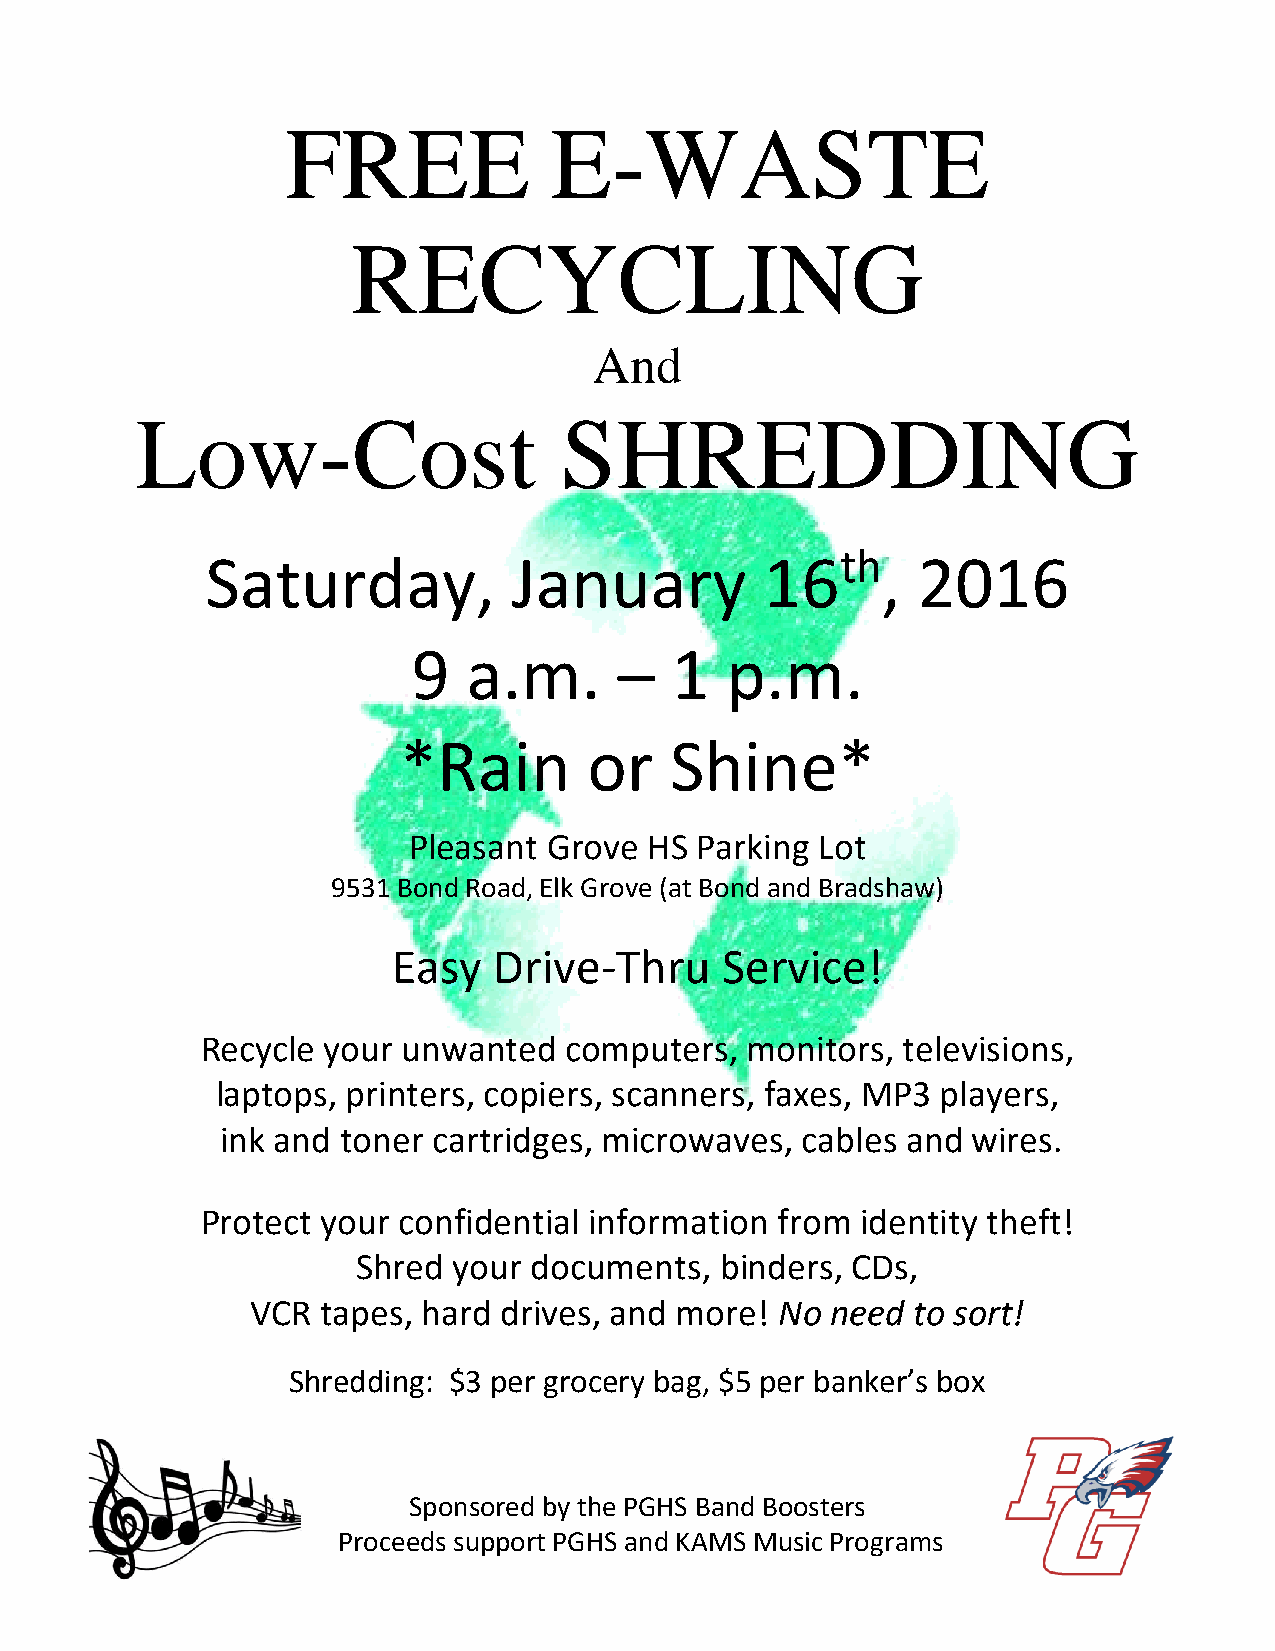
FREE             E-WASTE
 RECYCLING
 And
 Low-Cost                    SHREDDING
 Saturday,           January          16th,     2016
 9   a.m.      –  1   p.m.
 *Rain        or   Shine*
 Pleasant Grove  HS Parking Lot
 9531 Bond Road, Elk Grove (at Bond and Bradshaw)
 Easy   Drive-Thru     Service!
 Recycle your  unwanted  computers,  monitors,  televisions,
 laptops, printers, copiers, scanners, faxes, MP3 players,
 ink and toner cartridges, microwaves, cables and wires.
 Protect your confidential information  from identity theft!
 Shred your documents,   binders, CDs,
 VCR tapes, hard drives, and more!  No need to sort!
 Shredding: $3 per grocery bag, $5 per banker’s box
 Sponsored by the PGHS Band Boosters
 Proceeds support PGHS and KAMS Music Programs